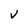
Character: V